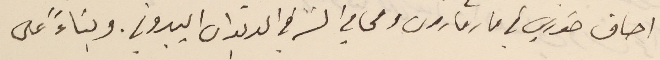
اصاف خوري في مار مارون ومحامي السَر في الديوان اليبروتي. وبناءً على